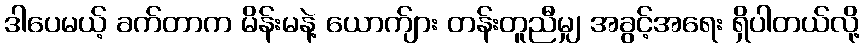
ဒါပေမယ့် ခက်တာက မိန်းမနဲ့ ယောက်ျား တန်းတူညီမျှ အခွင့်အရေး ရှိပါတယ်လို့